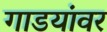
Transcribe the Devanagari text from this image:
गाडयांवर